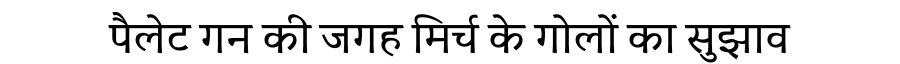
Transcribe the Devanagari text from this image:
पैलेट गन की जगह मिर्च के गोलों का सुझाव